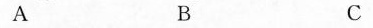
A B C